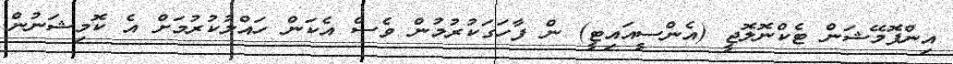
އިންފޮމޭޝަން ޓެކްނޮލޮޖީ (އެންސީއައިޓީ) ން ފާހަގަކުރުމުން ވެސް އެކަން ހައްލުކުރުމަށް އެ ކޮމިޝަނުން